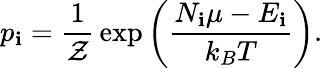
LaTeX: p_{\mathbf{i}}={\frac{{1}}{{\mathcal{{Z}}}}}\exp\left({\frac{{N_{\mathbf{i}}\mu-E_{\mathbf{i}}}}{{k_{B}T}}}\right).